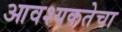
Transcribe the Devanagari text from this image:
आवश्‍यकतेचा